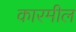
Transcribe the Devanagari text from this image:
कारमील